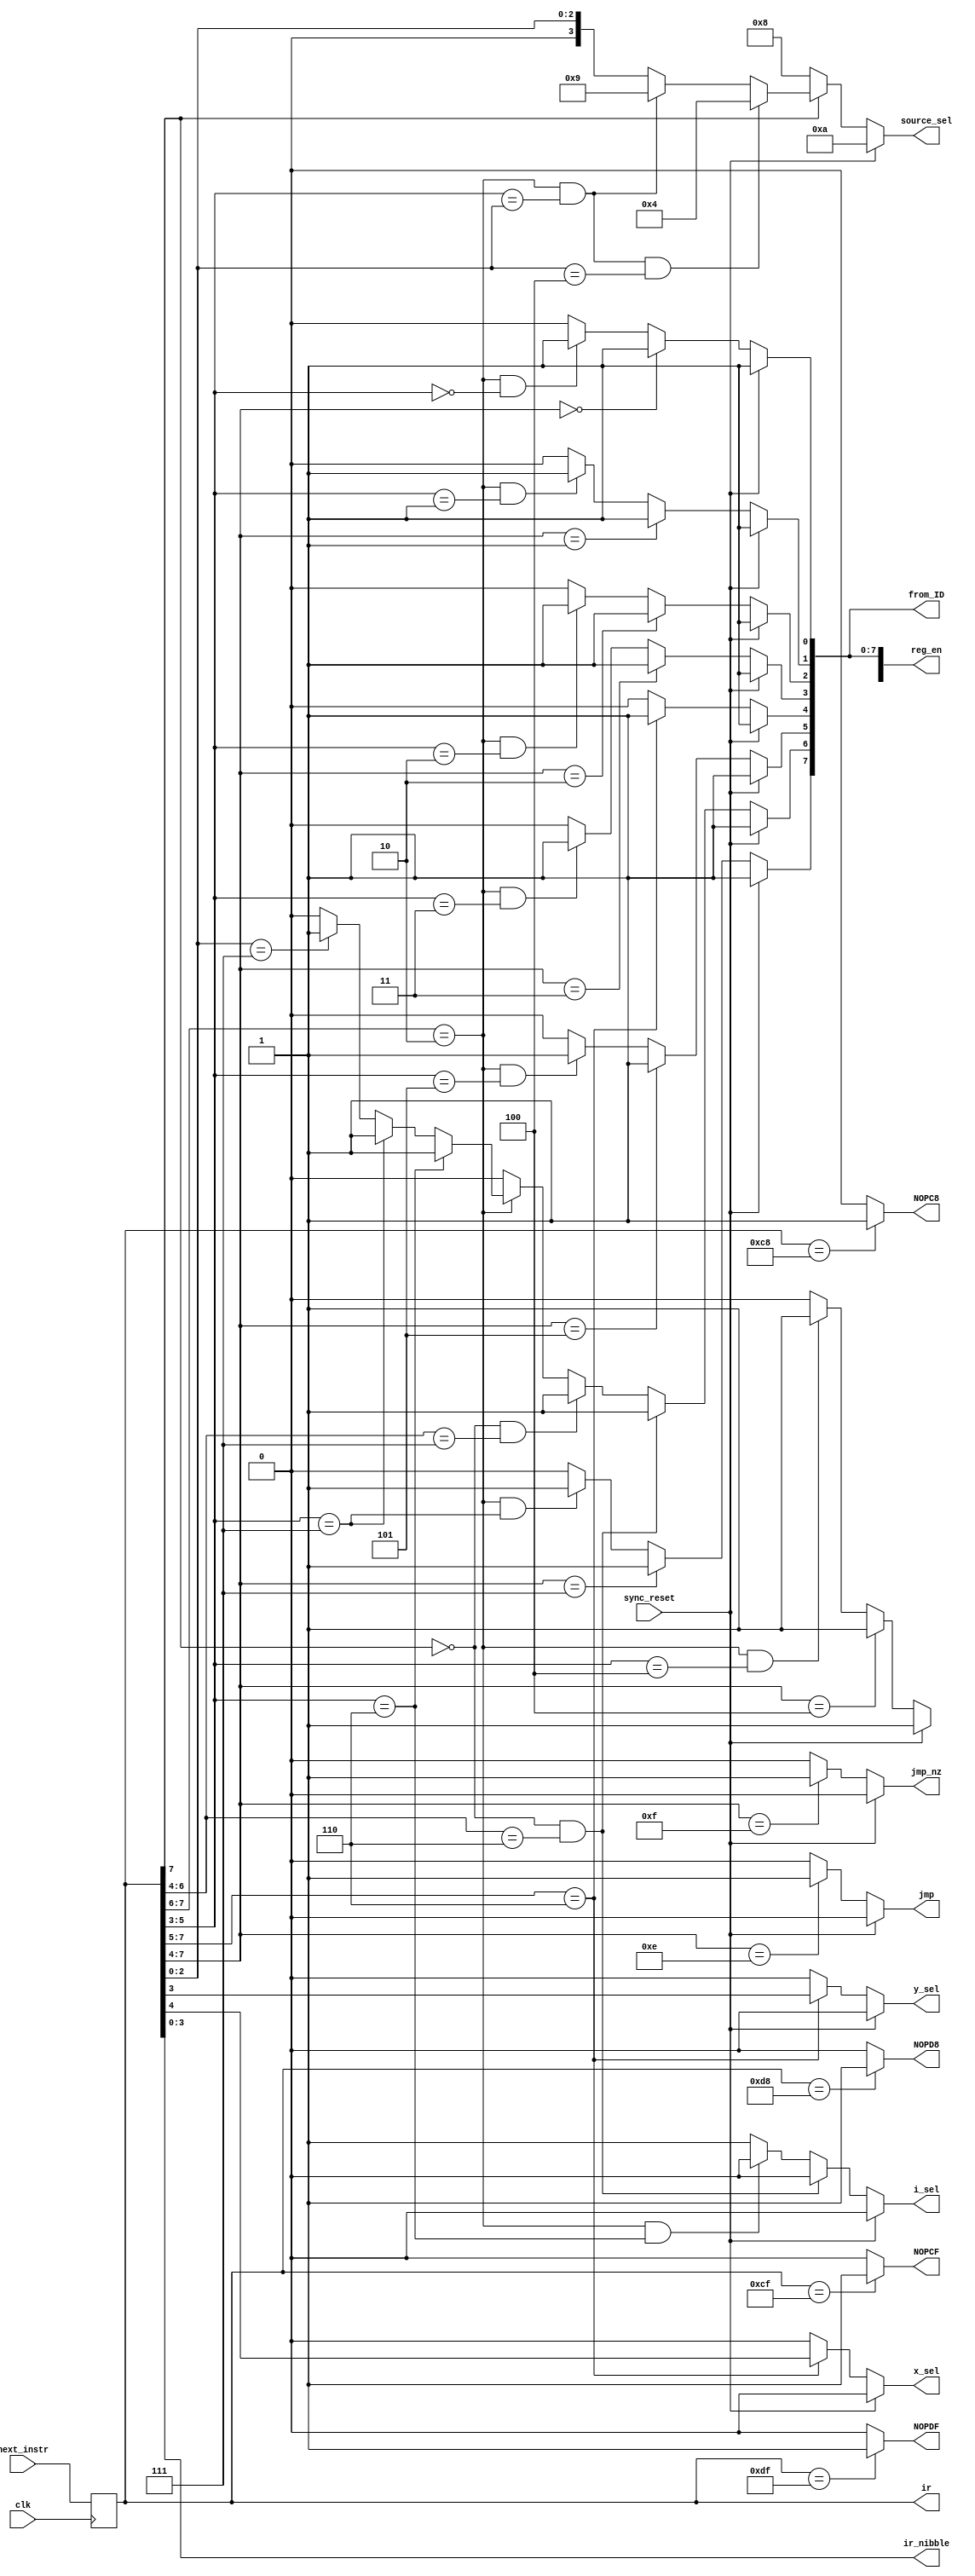
module instruction_decoder(
	input [7:0] next_instr,
	input clk, sync_reset,
	output reg jmp, jmp_nz,
	output reg i_sel, y_sel, x_sel,
	output reg [3:0] source_sel,
	output reg [3:0] ir_nibble,
	output reg [8:0] reg_en,
	output reg [7:0] ir,			// made an output for exam (was internal before)
	output reg [7:0] from_ID,	// made for final exam scrambler
	output reg NOPC8, NOPCF, NOPD8, NOPDF	// made for final exam scrambler
	);


always @ *
//from_ID = 8'h0;			// during exam
from_ID = reg_en[7:0];  // for debugging prior to exam (reg_en[8] is for o_reg)

//// NOP Instructions ////
always @ *
if (ir == 8'hC8)
	NOPC8 = 1'b1;
else
	NOPC8 = 1'b0;

always @ *	
if (ir == 8'hCF)
	NOPCF = 1'b1;
else
	NOPCF = 1'b0;

always @ *
if (ir == 8'hD8)
	NOPD8 = 1'b1;
else
	NOPD8 = 1'b0;
	
always @ *
if (ir == 8'hDF)
	NOPDF = 1'b1;
else
	NOPDF = 1'b0;


// loading the ir reg from the next instr (from the ROM's pm_addr)
always @ (posedge clk)
ir = next_instr;


// ir_nibble output
always @ *
ir_nibble = ir[3:0];



// logic for decoding instruction type (jmp or jmp_nz outputs)
//  jmp  //
always @ *
if (sync_reset == 1'b1) 
	// don't jump when reset
	jmp = 1'b0;
else if (ir[7:4] == 4'b1110)
	// unconditional jump;
	jmp = 1'b1;
else
	// else; don't jump
	jmp = 1'b0;

	
//  jmp_nz  //
always @ *
if (sync_reset == 1'b1)
	// don't jump when reset
	jmp_nz = 1'b0;
else if (ir[7:4] == 4'b1111)
	// conditional jump;
	jmp_nz = 1'b1;
else 
	// else; don't jump
	jmp_nz = 1'b0;


	
// logic for decoding source_sel ouput (bits 10-15 tied to GND)
//  source_sel  //
always @ *
if (sync_reset == 1'b1) source_sel = 4'd10;
else if (ir[7] == 1'b0)
	//	load; data_bus = ir_nibble 
	source_sel = 4'd8;
else if ( (ir[7:6] == 2'b10) && (ir[5:3] == ir[2:0]) && (ir[2:0] == 3'd4) )
	// mov; data_bus = r (moving to o_reg)
	source_sel = 4'd4;
else if ( (ir[7:6] == 2'b10) && (ir[5:3] == ir[2:0]) )
	// mov; data_bus = i_pins
	source_sel = 4'd9;
else if ( (ir[7:6] == 2'b10) )
	// mov; data_bus = src (0-7, data registers)
	source_sel = {1'b0, ir[2:0]};  // concat, to make 4-bit
else
	source_sel = {1'b0, ir[2:0]};



	
// logic for decoding i, x, y selects
//  i_sel  //
always @ *
if (sync_reset == 1'b1) i_sel = 1'b0;
else if ( (ir[7] == 1'b0) && (ir[6:4] == 3'd6) )
	// load; i is dst (from data_bus)
	i_sel = 1'b0;
else if ( (ir[7:6] == 2'b10) && (ir[5:3] == 3'd6) )
	// mov; i is dst
	i_sel = 1'b0;
else
	// else; increment i
	i_sel = 1'b1;

	
//  x_sel  //
always @ *
if (sync_reset == 1'b1) x_sel = 1'b0;
else if (ir[7:5] == 3'b110)
	// alu; assign proper x val
	x_sel = ir[4];
else
	// else; default to zero
	x_sel = 1'b0;

	
//  y_sel  //
always @ *
if (sync_reset == 1'b1) y_sel = 1'b0;
else if (ir[7:5] == 3'b110)
	// alu; assign proper y val
	y_sel = ir[3];
else
	// else; default to zero
	y_sel = 1'b0;

	

// logic for decoding register enables (9, each seperate 1bit outputs)
//  reg_en[0], x0  //
always @ *
if (sync_reset == 1'b1) 
	// enable all registers during reset, to clear them
	reg_en[0] = 1'b1;
else if (ir[7:4] == 4'd0)
	// load; x0 is dst
	reg_en[0] = 1'b1;
else if ( (ir[7:6] == 2'b10) && (ir[5:3] == 3'd0) )
	// mov; x0 is dst
	reg_en[0] = 1'b1;
else
	reg_en[0] = 1'b0;


//  reg_en[1], x1  //
always @ *
if (sync_reset == 1'b1) 
	// enable all registers during reset, to clear them
	reg_en[1] = 1'b1;
else if (ir[7:4] == 4'd1)
	// load; x1 is dst
	reg_en[1] = 1'b1;
else if ( (ir[7:6] == 2'b10) && (ir[5:3] == 3'd1) )
	// mov; x1 is dst
	reg_en[1] = 1'b1;
else
	reg_en[1] = 1'b0;


//  reg_en[2], y0  //
always @ *
if (sync_reset == 1'b1) 
	// enable all registers during reset, to clear them
	reg_en[2] = 1'b1;
else if (ir[7:4] == 4'd2)
	// load; y0 is dst
	reg_en[2] = 1'b1;
else if ( (ir[7:6] == 2'b10) && (ir[5:3] == 3'd2) )
	// mov; y0 is dst
	reg_en[2] = 1'b1;
else
	reg_en[2] = 1'b0;


//  reg_en[3], y1  //
always @ *
if (sync_reset == 1'b1) 
	// enable all registers during reset, to clear them
	reg_en[3] = 1'b1;
else if (ir[7:4] == 4'd3)
	// load; y1 is dst
	reg_en[3] = 1'b1;
else if ( (ir[7:6] == 2'b10) && (ir[5:3] == 3'd3) )
	// mov; y0 is dst
	reg_en[3] = 1'b1;
else
	reg_en[3] = 1'b0;


//  reg_en[4], r  //
always @ *
if (sync_reset == 1'b1) 
	// enable all registers during reset, to clear them
	reg_en[4] = 1'b1;
else if (ir[7:5] == 3'b110)
	// alu; r is enabled
	reg_en[4] = 1'b1;
else
	reg_en[4] = 1'b0;


//  reg_en[5], m  //
always @ *
if (sync_reset == 1'b1) 
	// enable all registers during reset, to clear them
	reg_en[5] = 1'b1;
else if (ir[7:4] == 4'd5)
	// load; m is dst
	reg_en[5] = 1'b1;
else if ( (ir[7:6] == 2'b10) && (ir[5:3] == 3'd5) )
	// mov; m is dst
	reg_en[5] = 1'b1;
else
	reg_en[5] = 1'b0;



//  reg_en[6], i  //
always @ *
if (sync_reset == 1'b1) 
	// enable all registers during reset, to clear them
	reg_en[6] = 1'b1;
else if ( (ir[7] == 1'b0) && (ir[6:4] == 3'd6) )
	// load; i is a dst
	reg_en[6] = 1'b1;
else if ( (ir[7] == 1'b0) && (ir[6:4] == 3'd7) )
	// load; dm is a dst (increment i)
	reg_en[6] = 1'b1;
else if (ir[7:6] == 2'b10)
	if (ir[5:3] == 3'd6)
		// mov; i is a dst
		reg_en[6] = 1'b1;
	else if (ir[5:3] == 3'd7)
		// mov; dm is a dst (increment i)
		reg_en[6] = 1'b1;
	else if (ir[2:0] == 3'd7)
		// mov; dm is a src (increment i or mov into i)
		reg_en[6] = 1'b1;
	else
		reg_en[6] = 1'b0;
else
	// no other mov or load cases where i is modified
	reg_en[6] = 1'b0;


//  reg_en[7], dm  //
always @ *
if (sync_reset == 1'b1) 
	// enable all registers during reset, to clear them
	reg_en[7] = 1'b1;
else if (ir[7:4] == 4'd7)
	// load; dm is dst
	reg_en[7] = 1'b1;
else if ( (ir[7:6] == 2'b10) && (ir[5:3] == 3'd7) )
	// mov; dm is dst
	reg_en[7] = 1'b1;
else
	reg_en[7] = 1'b0;


//  reg_en[8], o_reg  //
always @ *
if (sync_reset == 1'b1) 
	// enable all registers during reset, to clear them
	reg_en[8] = 1'b1;
else if (ir[7:4] == 4'd4)
	// load; o_reg is dst
	reg_en[8] = 1'b1;
else if ( (ir[7:6] == 2'b10) && (ir[5:3] == 3'd4) )
	// mov; o_reg is dst
	reg_en[8] = 1'b1;
else
	reg_en[8] = 1'b0;


endmodule